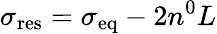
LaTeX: \sigma_{\mathrm{res}}=\sigma_{\mathrm{eq}}-2n^{0}L